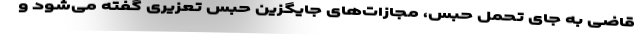
قاضی به جای تحمل حبس، مجازات‌های جایگزین حبس تعزیری گفته می‌شود و